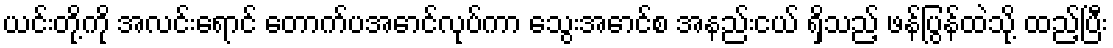
ယင်းတို့ကို အလင်းရောင် တောက်ပအောင်လုပ်ကာ သွေးအောင်စ အနည်းငယ် ရှိသည့် ဖန်ပြွန်ထဲသို့ ထည့်ပြီး